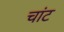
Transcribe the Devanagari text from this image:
चांट